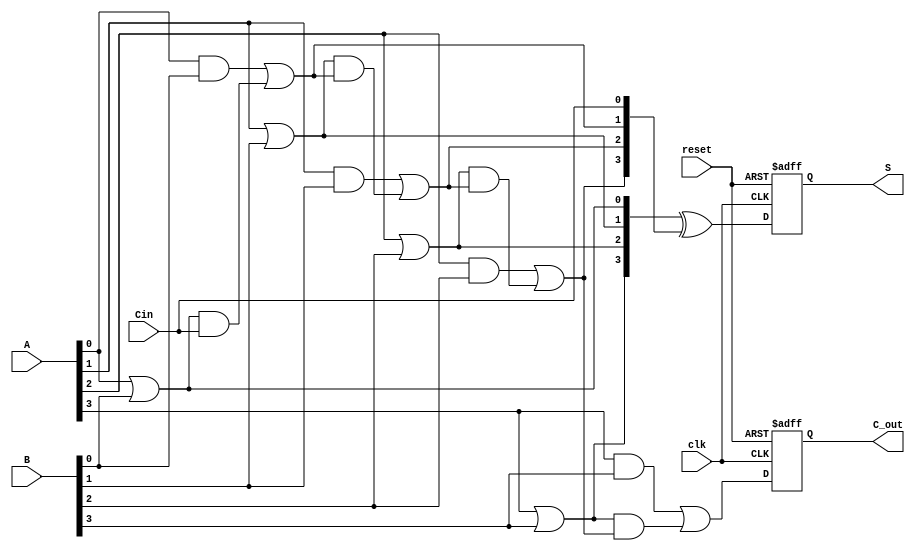
module PipelinedCLA #(parameter N = 4) (
    input wire [N-1:0] A,       // First n-bit input
    input wire [N-1:0] B,       // Second n-bit input
    input wire Cin,              // Carry-in
    input wire clk,              // Clock signal
    input wire reset,            // Reset signal
    output reg [N-1:0] S,        // Sum output
    output reg C_out             // Carry-out
);

    // Intermediate signals
    wire [N-1:0] G;             // Generate signals
    wire [N-1:0] P;             // Propagate signals
    wire [N:0] C;               // Carry signals (C[0] = Cin)

    // Stage 1: Calculate G and P signals
    genvar i;
    generate
        for (i = 0; i < N; i = i + 1) begin : gen_prop
            assign G[i] = A[i] & B[i];  // Generate
            assign P[i] = A[i] | B[i];  // Propagate
        end
    endgenerate

    // Stage 2: Calculate carry signals
    assign C[0] = Cin; // Initial carry
    generate
        for (i = 0; i < N; i = i + 1) begin : carry_calc
            assign C[i + 1] = G[i] | (P[i] & C[i]); // Carry calculation
        end
    endgenerate

    // Stage 3: Calculate sum
    always @(posedge clk or posedge reset) begin
        if (reset) begin
            S <= 0;
            C_out <= 0;
        end else begin
            S <= P ^ C[N-1:0]; // Sum calculation
            C_out <= C[N];     // Final carry-out
        end
    end

endmodule